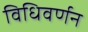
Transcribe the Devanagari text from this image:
विधिवर्णन